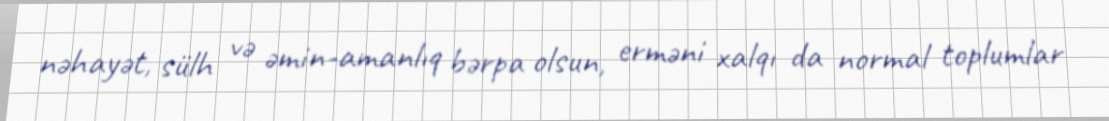
nəhayət, sülh və əmin-amanlıq bərpa olsun, erməni xalqı da normal toplumlar